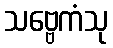
သဗ္ဗေကံသု